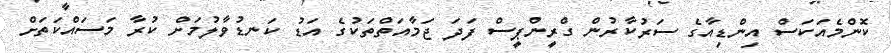
ކޮންމެއަކަސް އިންޑިއާގެ ސަރުކާރުން ގްރީންޕީސް ފަދަ ޖަމާއަތްތަކުގެ އަޑު ކަނޑުވާލުމަށް ކުރާ މަސައްކަތަށް